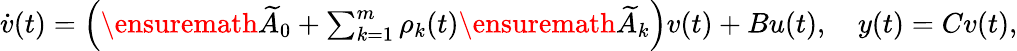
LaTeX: \begin{array}{r}{\dot{v}(t)=\left(\ensuremath{\widetilde{A}}_{0}+\sum_{k=1}^{m}\rho_{k}(t)\ensuremath{\widetilde{A}}_{k}\right)v(t)+Bu(t),\quad y(t)=Cv(t),}\end{array}